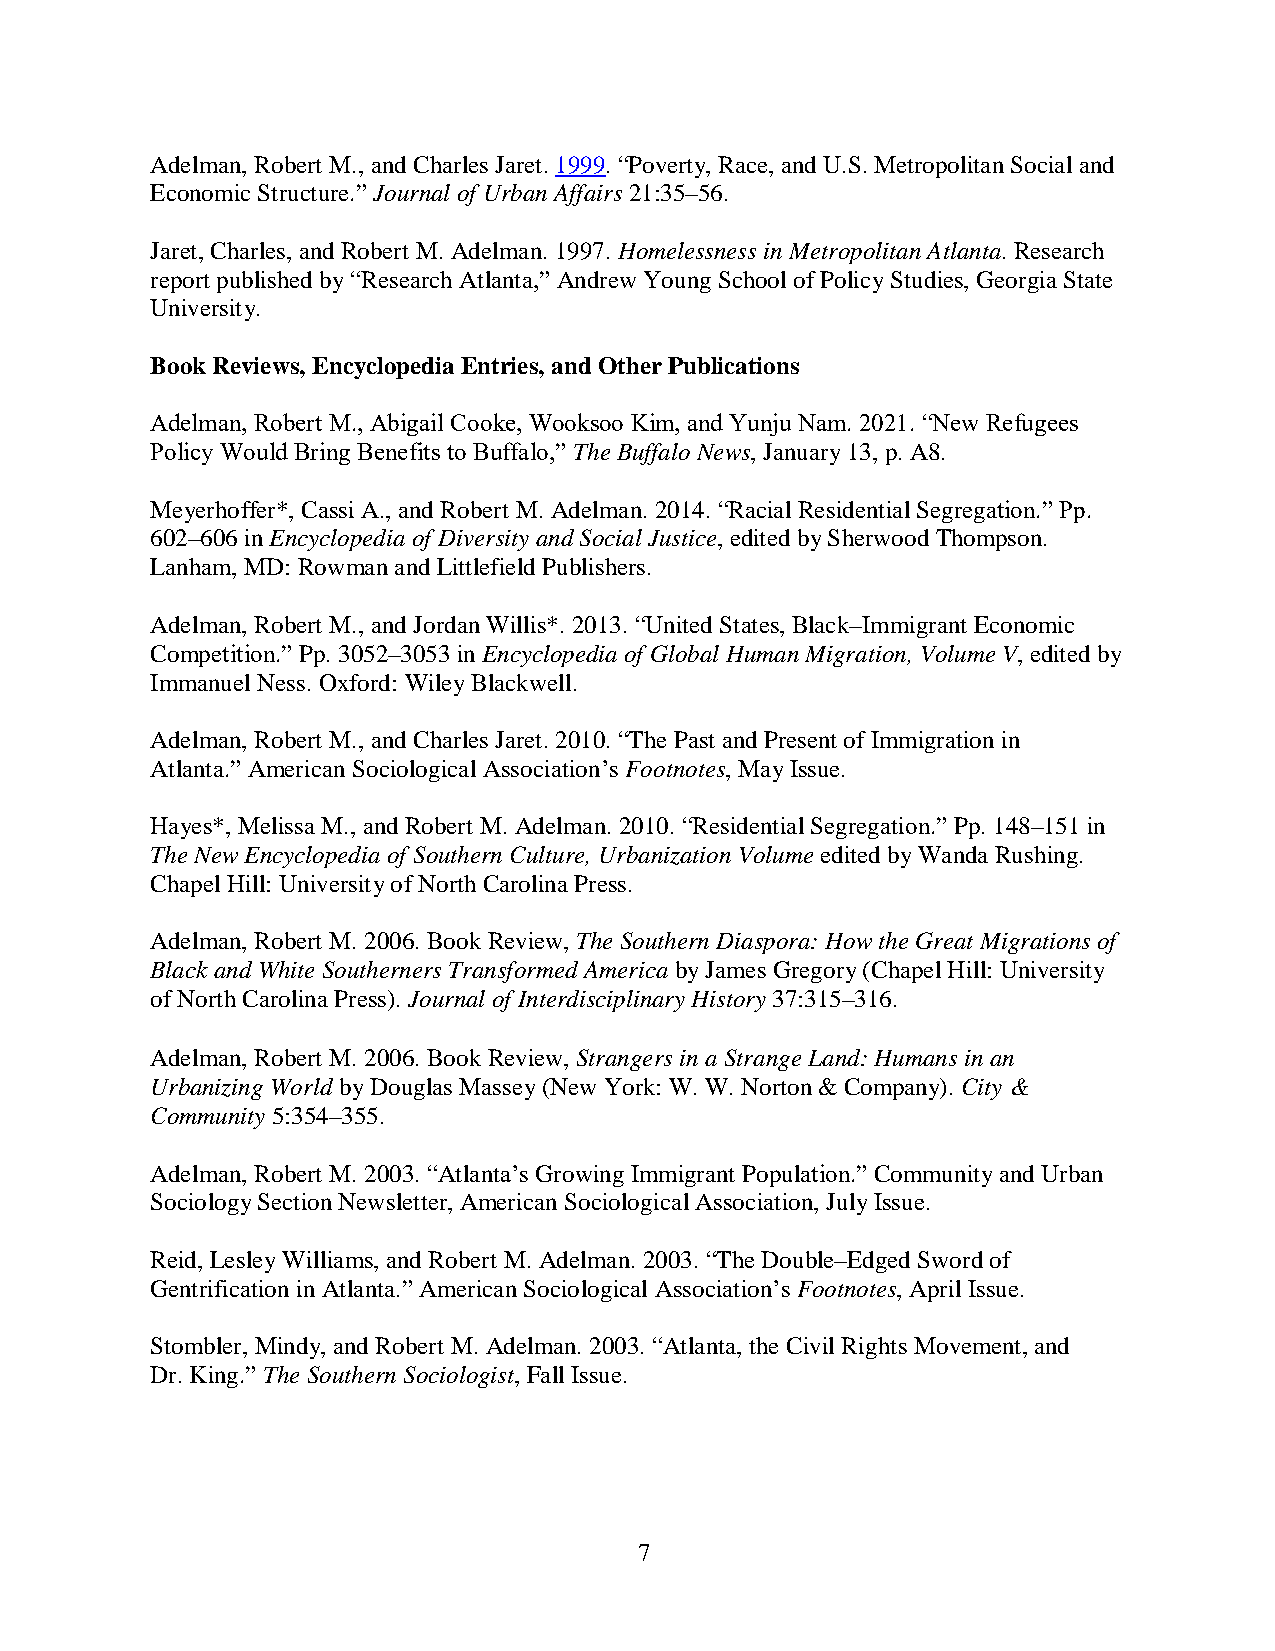
Adelman, Robert M., and Charles Jaret. 1999. “Poverty, Race, and U.S. Metropolitan Social and
 Economic Structure.” Journal of Urban Affairs 21:35–56.
 Jaret, Charles, and Robert M. Adelman. 1997. Homelessness in Metropolitan Atlanta. Research
 report published by “Research Atlanta,” Andrew Young School of Policy Studies, Georgia State
 University.
 Book Reviews, Encyclopedia Entries, and Other Publications
 Adelman, Robert M., Abigail Cooke, Wooksoo Kim, and Yunju Nam. 2021. “New Refugees
 Policy Would Bring Benefits to Buffalo,” The Buffalo News, January 13, p. A8.
 Meyerhoffer*, Cassi A., and Robert M. Adelman. 2014. “Racial Residential Segregation.” Pp.
 602–606 in Encyclopedia of Diversity and Social Justice, edited by Sherwood Thompson.
 Lanham, MD: Rowman and Littlefield Publishers.
 Adelman, Robert M., and Jordan Willis*. 2013. “United States, Black–Immigrant Economic
 Competition.” Pp. 3052–3053 in Encyclopedia of Global Human Migration, Volume V, edited by
 Immanuel Ness. Oxford: Wiley Blackwell.
 Adelman, Robert M., and Charles Jaret. 2010. “The Past and Present of Immigration in
 Atlanta.” American Sociological Association’s Footnotes, May Issue.
 Hayes*, Melissa M., and Robert M. Adelman. 2010. “Residential Segregation.” Pp. 148–151 in
 The New Encyclopedia of Southern Culture, Urbanization Volume edited by Wanda Rushing.
 Chapel Hill: University of North Carolina Press.
 Adelman, Robert M. 2006. Book Review, The Southern Diaspora: How the Great Migrations of
 Black and White Southerners Transformed America by James Gregory (Chapel Hill: University
 of North Carolina Press). Journal of Interdisciplinary History 37:315–316.
 Adelman, Robert M. 2006. Book Review, Strangers in a Strange Land: Humans in an
 Urbanizing World by Douglas Massey (New York: W. W. Norton & Company). City &
 Community 5:354–355.
 Adelman, Robert M. 2003. “Atlanta’s Growing Immigrant Population.” Community and Urban
 Sociology Section Newsletter, American Sociological Association, July Issue.
 Reid, Lesley Williams, and Robert M. Adelman. 2003. “The Double–Edged Sword of
 Gentrification in Atlanta.” American Sociological Association’s Footnotes, April Issue.
 Stombler, Mindy, and Robert M. Adelman. 2003. “Atlanta, the Civil Rights Movement, and
 Dr. King.” The Southern Sociologist, Fall Issue.
 7